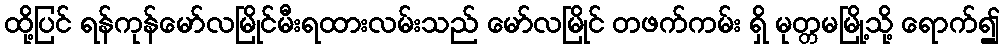
ထို့ပြင် ရန်ကုန်မော်လမြိုင်မီးရထားလမ်းသည် မော်လမြိုင် တဖက်ကမ်း ရှိ မုတ္တမမြို့သို့ ရောက်၍